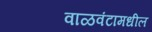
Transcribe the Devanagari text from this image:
वाळवंटामधील